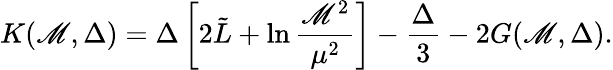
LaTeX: K(\mathscr{M},\Delta)=\Delta\left[2\tilde{{L}}+\ln\frac{{\mathscr{M}^{2}}}{{\mu^{2}}}\right]-\frac{{\Delta}}{{3}}-2G(\mathscr{M},\Delta).